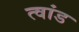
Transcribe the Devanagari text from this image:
त्वांड